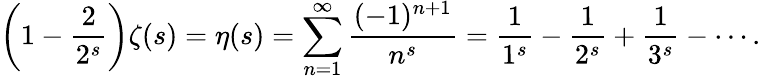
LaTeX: \left(1-{\frac{2}{2^{s}}}\right)\zeta(s)=\eta(s)=\sum_{n=1}^{\infty}{\frac{(-1)^{n+1}}{n^{s}}}={\frac{1}{1^{s}}}-{\frac{1}{2^{s}}}+{\frac{1}{3^{s}}}-\cdots.